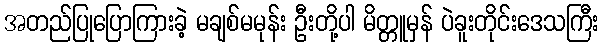
အတည်ပြုပြောကြားခဲ့ မချစ်မမုန်း ဦးတို့ပါ မိတ္တူမှန် ပဲခူးတိုင်းဒေသကြီး